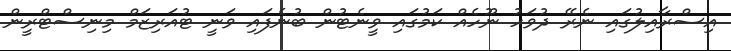
އިސްރާއިލުގައި ނެރޭ ދުވަހު ނޫހެއް ކަމުގައި ވީނެޓުން ބުނެފައި ވަނީ ޓުއަރިޒަމް މިނިސްޓްރީން